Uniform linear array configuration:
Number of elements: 12
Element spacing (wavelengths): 1
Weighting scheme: binomial
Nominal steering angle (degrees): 15
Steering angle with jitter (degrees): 13.256
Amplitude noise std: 0.05
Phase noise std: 0.05

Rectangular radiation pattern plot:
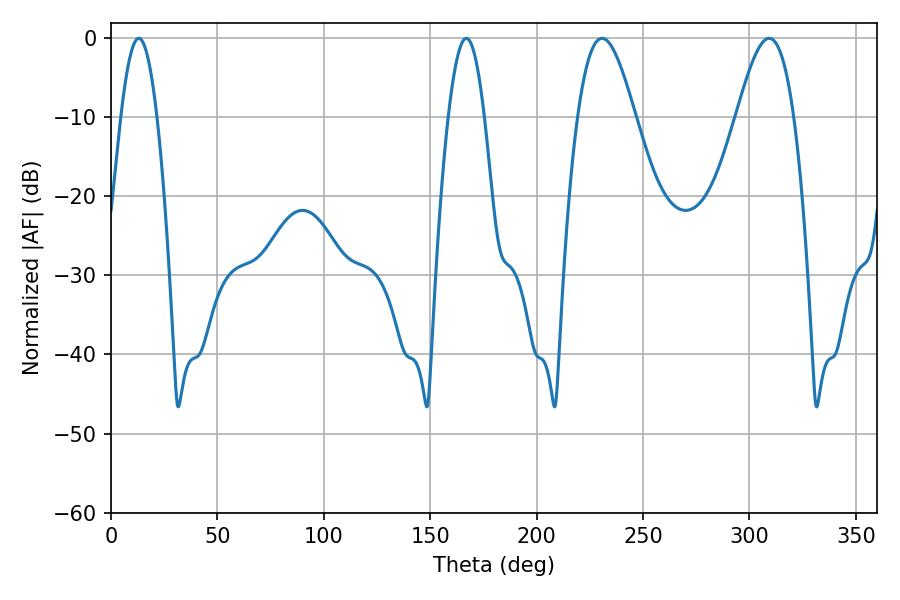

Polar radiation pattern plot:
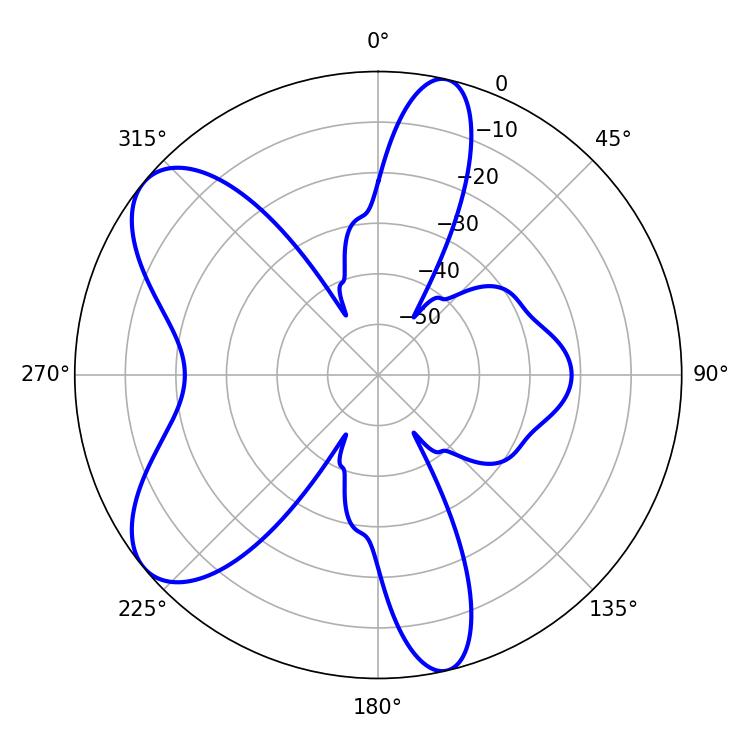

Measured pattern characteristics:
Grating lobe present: TRUE
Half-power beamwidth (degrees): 14.58
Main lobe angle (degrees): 309.24